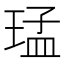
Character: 𤦕